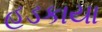
હડકાયા